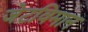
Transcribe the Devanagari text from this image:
जेटविमान